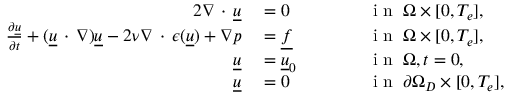
\begin{array} { r l r l } { { 2 } \nabla \, \cdot \, \underline { { u } } } & { { } = 0 } & { } & { { } \qquad \textnormal { i n } \: \Omega \times [ 0 , T _ { e } ] , } \\ { \frac { \partial \underline { { u } } } { \partial t } + ( \underline { { u } } \, \cdot \, \nabla ) \underline { { u } } - 2 \nu \nabla \, \cdot \, \epsilon ( \underline { { u } } ) + \nabla p } & { { } = \underline { { f } } } & { } & { { } \qquad \textnormal { i n } \: \Omega \times [ 0 , T _ { e } ] , } \\ { \underline { { u } } } & { { } = \underline { { u } } _ { 0 } } & { } & { { } \qquad \textnormal { i n } \: \Omega , t = 0 , } \\ { \underline { { u } } } & { { } = 0 } & { } & { { } \qquad \textnormal { i n } \: \partial \Omega _ { D } \times [ 0 , T _ { e } ] , } \end{array}